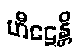
ဟီဠေန္တိ